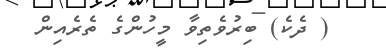
( ދެކެ) ބިރުވެތިވާ މީހުންގެ ތެރެއިން